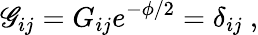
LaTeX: \mathscr{G}_{ij}=G_{ij}e^{-\phi/2}=\delta_{ij}\ ,